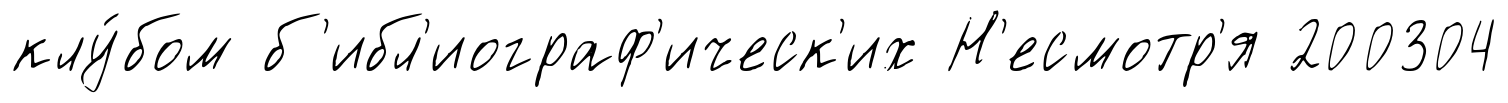
клу́бом б'ибл'иограф'ическ'их Н'есмотр'я 200304